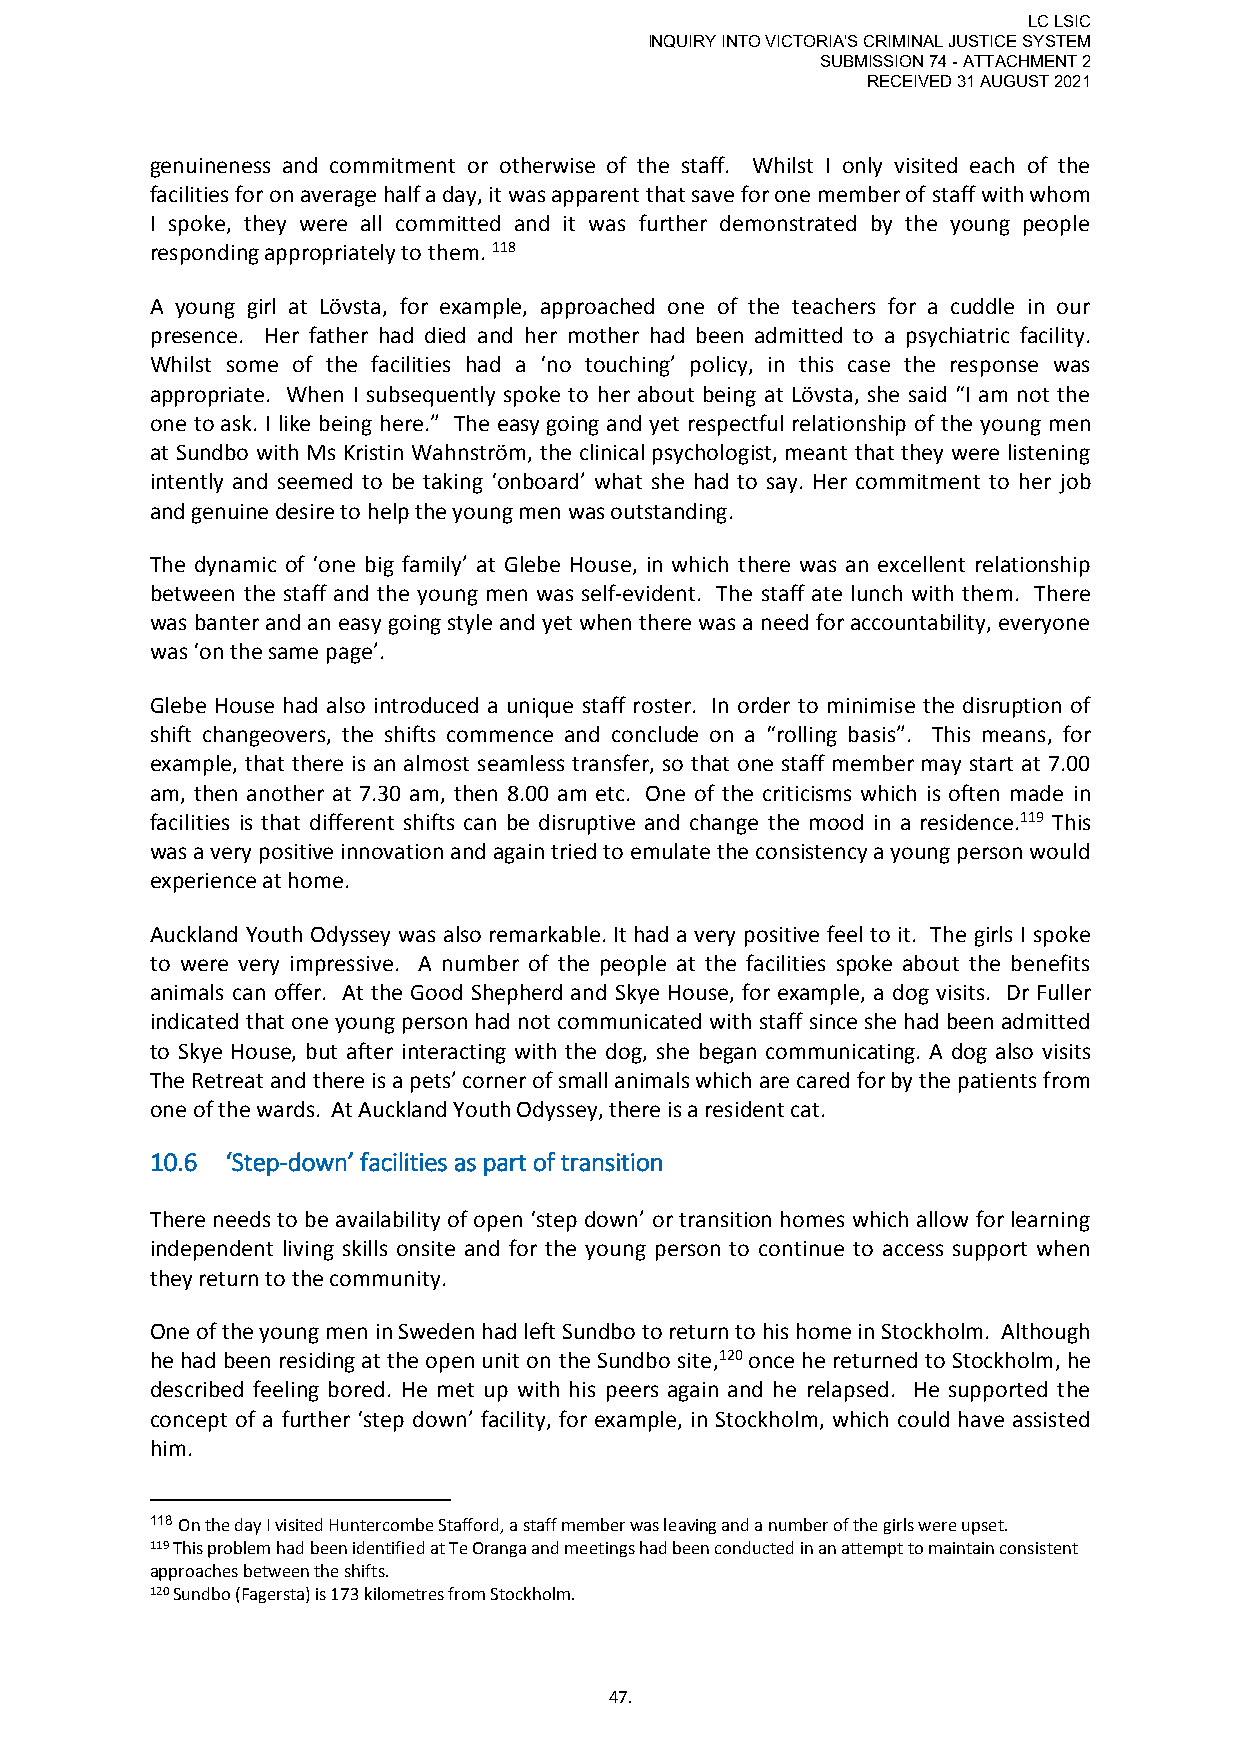
LC LSIC
 INQUIRY INTO VICTORIA'S CRIMINAL JUSTICE SYSTEM
 SUBMISSION 74 - ATTACHMENT 2
 RECEIVED 31 AUGUST 2021
 genuineness and commitment or otherwise of the staff. Whilst I only visited each of the
 facilities for on average half a day, it was apparent that save for one member of staff with whom
 I spoke, they were all committed and it was further demonstrated by the young people
 responding appropriately to them. 118
 A young girl at Lövsta, for example, approached one of the teachers for a cuddle in our
 presence. Her father had died and her mother had been admitted to a psychiatric facility.
 Whilst some of the facilities had a ‘no touching’ policy, in this case the response was
 appropriate. When I subsequently spoke to her about being at Lövsta, she said “I am not the
 one to ask. I like being here.” The easy going and yet respectful relationship of the young men
 at Sundbo with Ms Kristin Wahnström, the clinical psychologist, meant that they were listening
 intently and seemed to be taking ‘onboard’ what she had to say. Her commitment to her job
 and genuine desire to help the young men was outstanding.
 The dynamic of ‘one big family’ at Glebe House, in which there was an excellent relationship
 between the staff and the young men was self-evident. The staff ate lunch with them. There
 was banter and an easy going style and yet when there was a need for accountability, everyone
 was ‘on the same page’.
 Glebe House had also introduced a unique staff roster. In order to minimise the disruption of
 shift changeovers, the shifts commence and conclude on a “rolling basis”. This means, for
 example, that there is an almost seamless transfer, so that one staff member may start at 7.00
 am, then another at 7.30 am, then 8.00 am etc. One of the criticisms which is often made in
 facilities is that different shifts can be disruptive and change the mood in a residence.119 This
 was a very positive innovation and again tried to emulate the consistency a young person would
 experience at home.
 Auckland Youth Odyssey was also remarkable. It had a very positive feel to it. The girls I spoke
 to were very impressive. A number of the people at the facilities spoke about the benefits
 animals can offer. At the Good Shepherd and Skye House, for example, a dog visits. Dr Fuller
 indicated that one young person had not communicated with staff since she had been admitted
 to Skye House, but after interacting with the dog, she began communicating. A dog also visits
 The Retreat and there is a pets’ corner of small animals which are cared for by the patients from
 one of the wards. At Auckland Youth Odyssey, there is a resident cat.
 10.6 ‘Step-down’ facilities as part of transition
 There needs to be availability of open ‘step down’ or transition homes which allow for learning
 independent living skills onsite and for the young person to continue to access support when
 they return to the community.
 One of the young men in Sweden had left Sundbo to return to his home in Stockholm. Although
 he had been residing at the open unit on the Sundbo site,120 once he returned to Stockholm, he
 described feeling bored. He met up with his peers again and he relapsed. He supported the
 concept of a further ‘step down’ facility, for example, in Stockholm, which could have assisted
 him.
 118 On the day I visited Huntercombe Stafford, a staff member was leaving and a number of the girls were upset.
 119 This problem had been identified at Te Oranga and meetings had been conducted in an attempt to maintain consistent
 approaches between the shifts.
 120 Sundbo (Fagersta) is 173 kilometres from Stockholm.
 47.